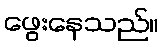
ဖွေးနေသည်။